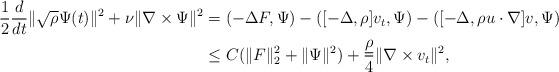
LaTeX: \begin{align*}\frac{1}{2}\frac{d}{dt}\|\sqrt{\rho}\Psi(t)\|^2+\nu\|\nabla\times \Psi\|^2&=(-\Delta F,\Psi)-([-\Delta,\rho]v_t,\Psi)-([-\Delta,\rho u\cdot\nabla]v,\Psi)\\&\leq C(\|F\|_2^2+\|\Psi\|^2)+\frac{\underline{\rho}}{4}\|\nabla\times v_t\|^2,\end{align*}